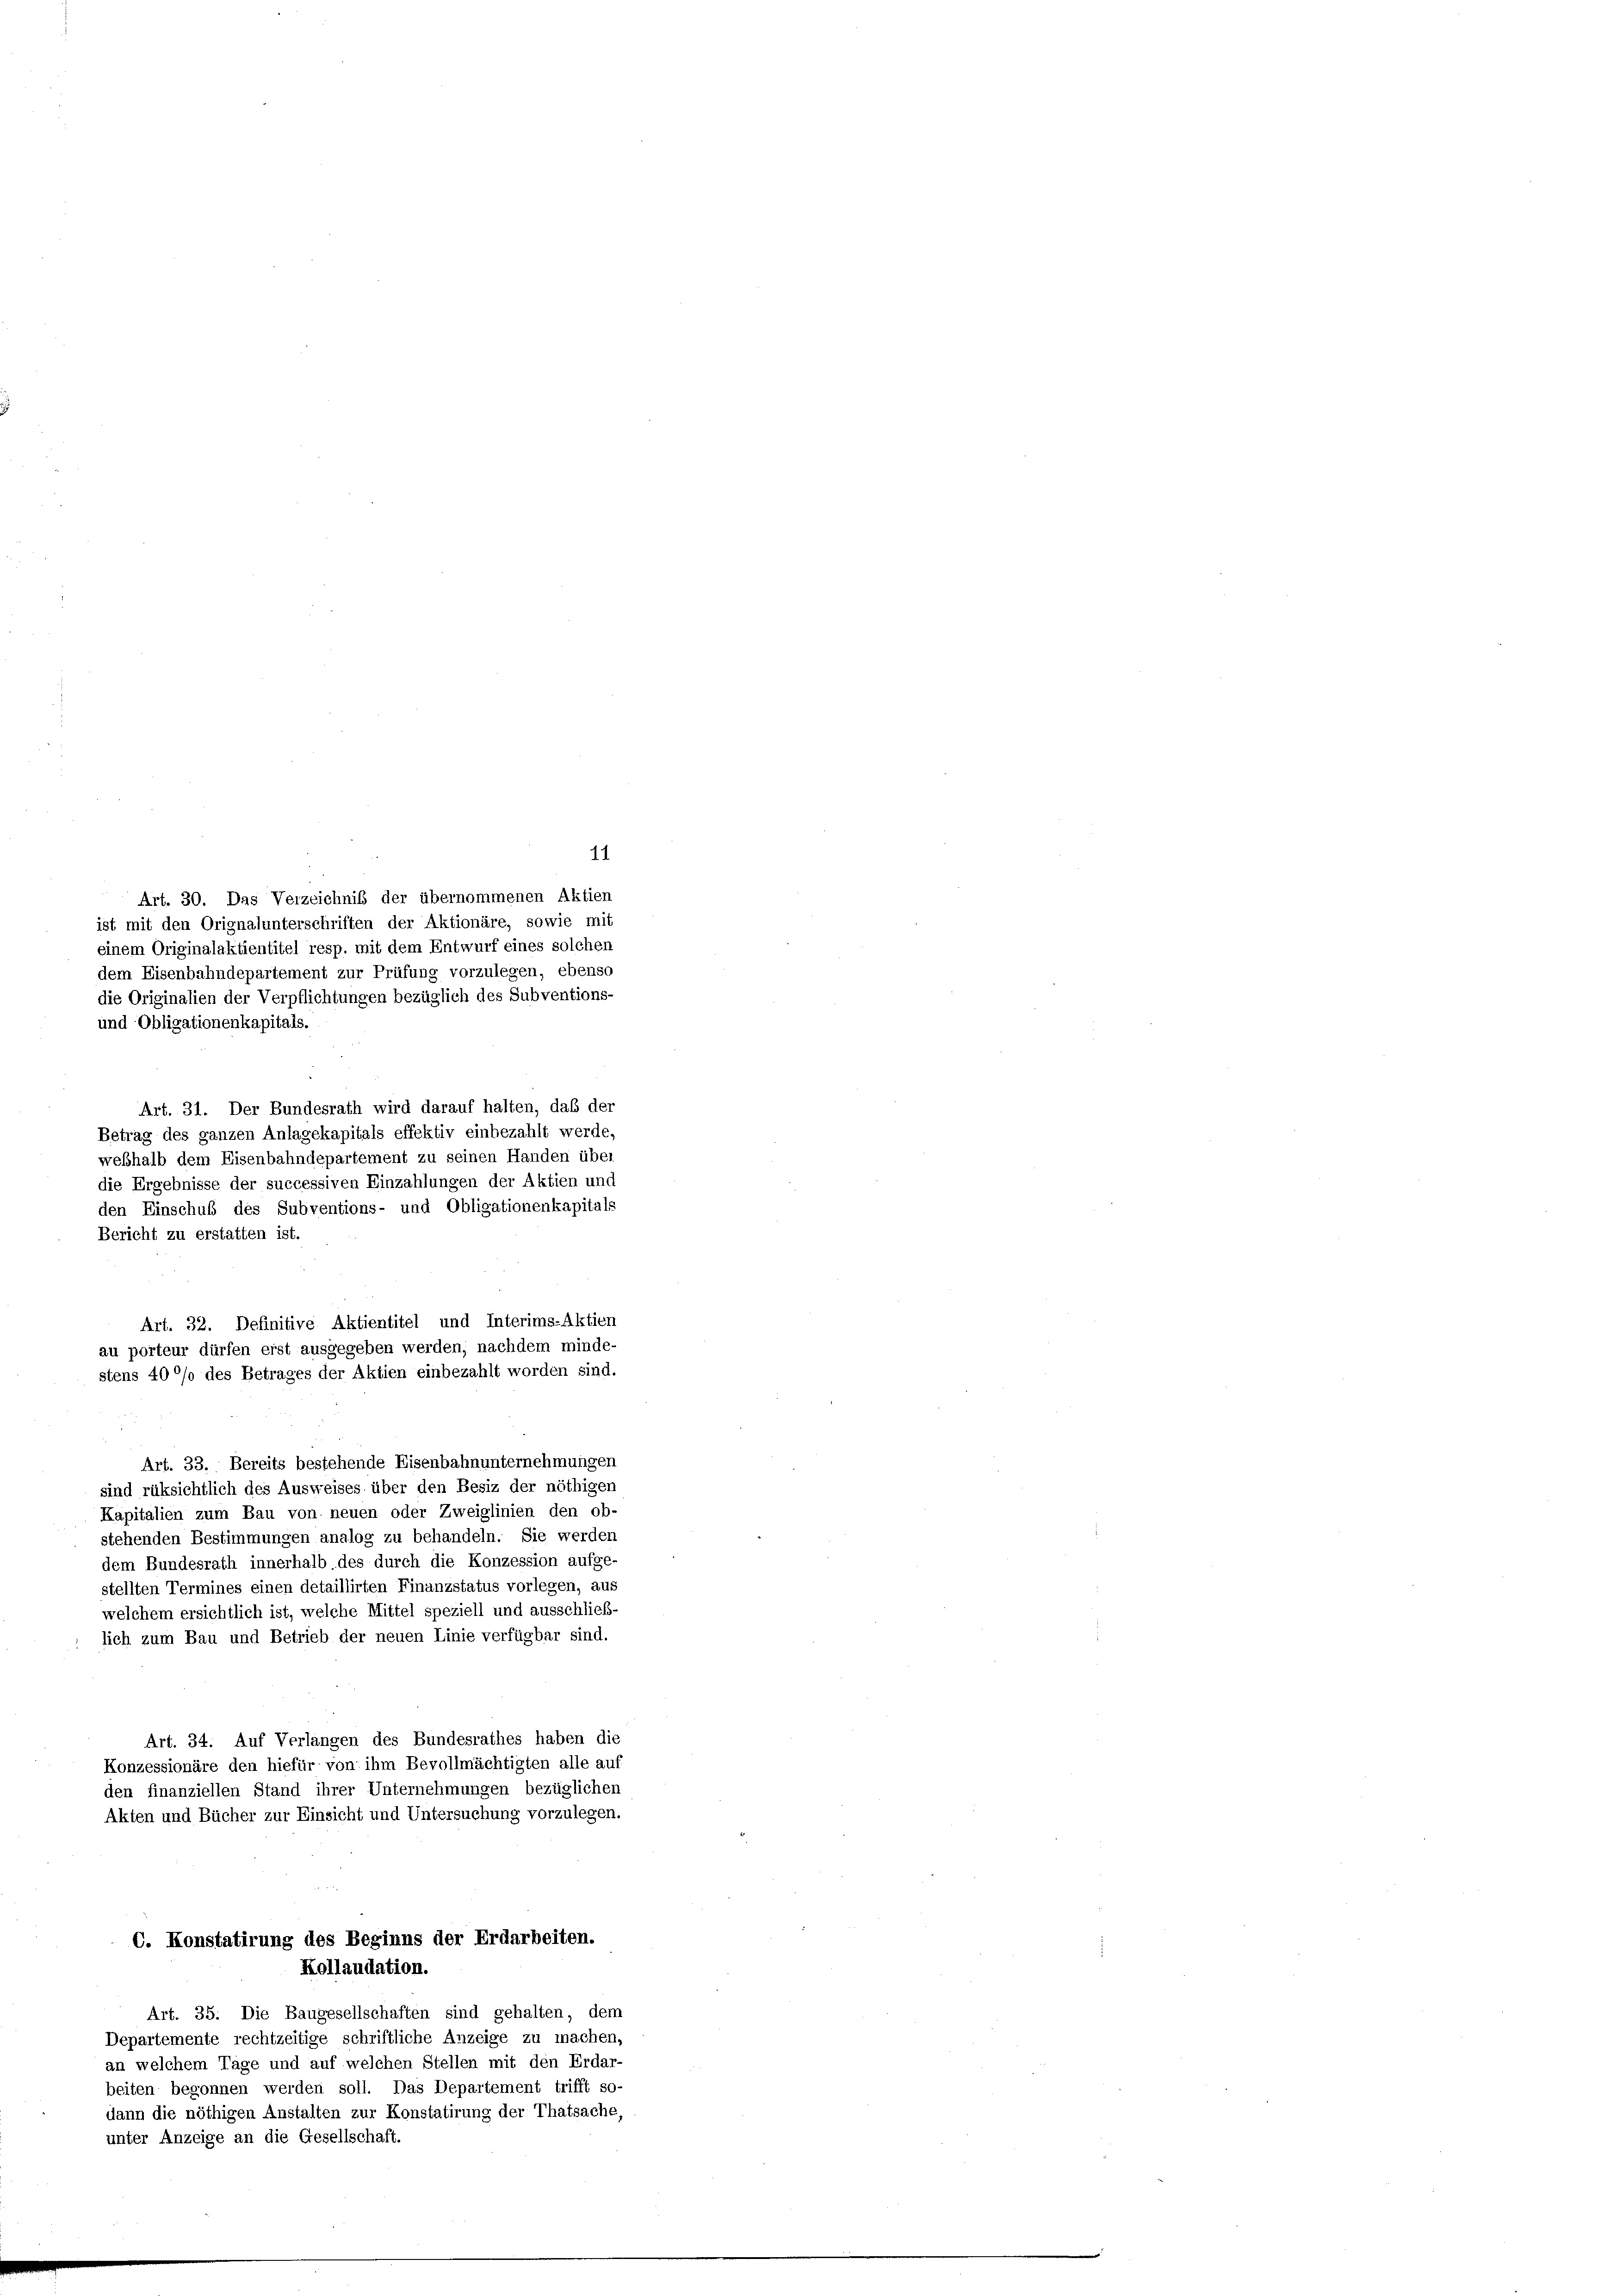
Art. 30. Das Verzeichnis der übernommenen Aktien
ist mit den Orignalunterschriften der Aktionäre, sowie mit
einem Originalaktientitel resp. mit dem Entwurf eines solchen
dem Eisenbahndepartement zur Prüfung vorzulegen, ebenso
die Originalien der Verpflichtungen bezüglich des Subventions-
und Obligationenkapitals.
Art. 31. Der Bundesrath wird darauf halten, daß der
Betrag des ganzen Anlagekapitals effektiv einbezahlt werde,
weßhalb dem Eisenbahndepartement zu seinen Handen über
die Ergebnisse der successiven Einzahlungen der Aktien und
den Einschuß des Subventions- und Obligationenkapitals
Bericht zu erstatten ist.
Art. 32. Definitive Aktientitel und Interims-Aktien
au porteur dürfen erst ausgegeben werden, nachdem minde-
stens 40% des Betrages der Aktien einbezahlt worden sind.
Art. 33. Bereits bestehende Eisenbahnunternehmungen
sind rüksichtlich des Ausweises über den Besiz der nöthigen
Kapitalien zum Bau von neuen oder Zweiglinien den ob-
stehenden Bestimmungen analog zu behandeln. Sie werden
dem Bundesrath innerhalb des durch die Konzession aufge-
stellten Termines einen detaillirten Finanzstatus vorlegen, aus
welchem ersichtlich ist, welche Mittel speziell und ausschließ-
lich zum Bau und Betrieb der neuen Linie verfügbar sind.
Art. 34. Auf Verlangen des Bundesrathes haben die
Konzessionäre den hiefür von ihm Bevollmächtigten alle auf
den finanziellen Stand ihrer Unternehmungen bezüglichen
Akten und Bücher zur Einsicht und Untersuchung vorzulegen.
C. Konstatirung des Beginns der Erdarbeiten.
Kollaudation.
Art. 35. Die Baugesellschaften sind gehalten, dem
Departemente rechtzeitige schriftliche Anzeige zu machen,
an welchem Tage und auf welchen Stellen mit den Erdar-
beiten begonnen werden soll. Das Departement trifft so-
dann die nöthigen Anstalten zur Konstatirung der Thatsache,
unter Anzeige an die Gesellschaft.

11.